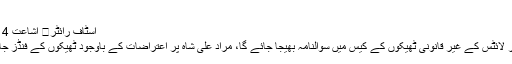
فائل فوٹو
اسٹاف رائٹر	 اشاعت 4 جون 2020 - 12:37
وزیراعلیٰ سندھ کو سولر لائٹس کے غیر قانونی ٹھیکوں کے کیس میں سوالنامہ بھیجا جائے گا، مراد علی شاہ پر اعتراضات کے باوجود ٹھیکوں کے فنڈز جاری کرنے کا الزام ہے۔